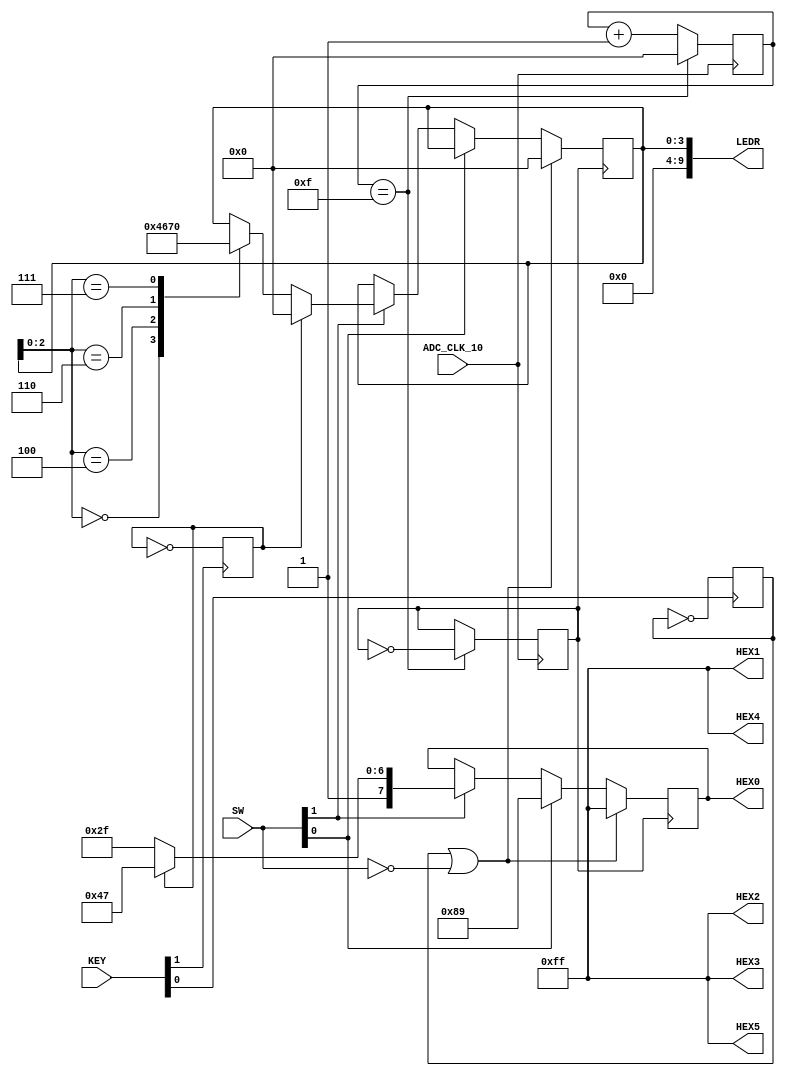
module Lab3(
	input 		          		ADC_CLK_10,
	output		     [7:0]		HEX0,
	output		     [7:0]		HEX1,
	output		     [7:0]		HEX2,
	output		     [7:0]		HEX3,
	output		     [7:0]		HEX4,
	output		     [7:0]		HEX5,
	input 		     [1:0]		KEY,
	output		     [9:0]		LEDR,
	input 		     [9:0]		SW
);
reg rst;
reg [3:0] counter;
reg clk;
reg [3:0] LEDs;
reg turnSignal;
reg [7:0] sevSeg0;

initial begin
	rst = 0;
	counter <= 0;
	clk <= 0;
	LEDs <= 0;
	turnSignal <= 0;
	sevSeg0 <= 8'b1111_1111;
end

assign HEX5 = 8'hFF;
assign HEX4 = 8'hFF;
assign HEX3 = 8'hFF;
assign HEX2 = 8'hFF;
assign HEX1 = 8'hFF;
assign HEX0 = sevSeg0;
assign LEDR[9:0] = LEDs;

always @(negedge KEY[0]) begin
	rst <= ~rst;
end
always @(negedge KEY[1]) begin
	turnSignal <= ~turnSignal;
end

always @(posedge ADC_CLK_10) begin
	if(counter == 15) begin 
		counter <= 0;
		clk = ~clk;
	end
	else counter <= counter + 1;
end

always @(posedge clk) begin
	if(rst == 1 || SW[9:0] == 10'b00_0000_0000) begin
		LEDs <= 10'b00_0000_0000;
		sevSeg0 <= 8'b1111_1111;
	end
	else begin
		if(SW[0] == 1) begin
			sevSeg0 <= 8'b1000_1001;
			casex(LEDs[9])
				1'b1: begin
					LEDs <= 10'b00_0000_0000;
				end
				1'b0: begin
					LEDs <= 10'b11_1000_0111;
				end
			endcase
		end
		else if(SW[1] == 1) begin
			if(turnSignal == 1'b1) begin
				sevSeg0 <= 8'b1100_0111;
				casex(LEDs)
					10'b00_0xxx_xxxx: LEDs <= 10'b00_1000_0000;
					10'b00_1xxx_xxxx: LEDs <= 10'b01_1000_0000;
					10'b01_1xxx_xxxx: LEDs <= 10'b11_1000_0000;
					10'b11_1xxx_xxxx: LEDs <= 10'b00_0000_0000;
				endcase
			end
			else begin
				sevSeg0 <= 8'b1010_1111;
				casex(LEDs)
					10'bxx_xxxx_x000: LEDs <= 10'b00_0000_0100;
					10'bxx_xxxx_x100: LEDs <= 10'b00_0000_0110;
					10'bxx_xxxx_x110: LEDs <= 10'b00_0000_0111;
					10'bxx_xxxx_x111: LEDs <= 10'b00_0000_0000;
				endcase
			end
		end
	end
end
endmodule